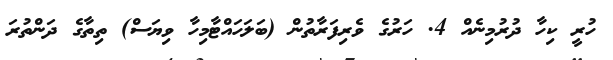
ހުރީ ކިހާ ދުރުމިނެއް 4. ހަރުގެ ވެރިފަރާތުން (ބަލަހައްޓާމިހާ ވިޔަސް) ތިތާގެ ދަންތުރަ